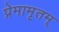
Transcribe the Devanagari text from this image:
प्रेमामृतम्